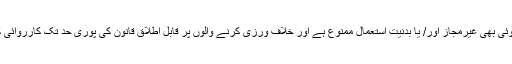
ویب سائٹ کا کوئی بھی غیرمجاز اور/ یا بدنیت استعمال ممنوع ہے اور خلاف ورزی کرنے والوں پر قابل اطلاق قانون کی پوری حد تک کارروائی کی جاسکتی ہے۔